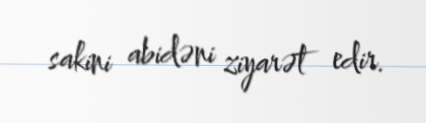
sakini abidəni ziyarət edir.